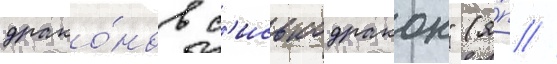
драко́нов с'иськодракон" (я́п //